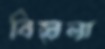
বিহ্বলা